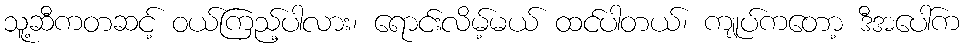
သူ့ဆီကတဆင့် ဝယ်ကြည့်ပါလား၊ ရောင်းလိမ့်မယ် ထင်ပါတယ်၊ ကျုပ်ကတော့ ဒီအပေါ်က